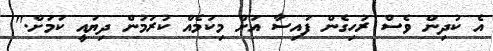
އެ ކުދިން ވެސް ރުހިގެން ފައިސާ އަށް މިކަމެއް ކުރަމުން ދިޔައީ ކަމަށް."